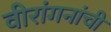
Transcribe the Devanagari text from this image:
वीरांगनांची